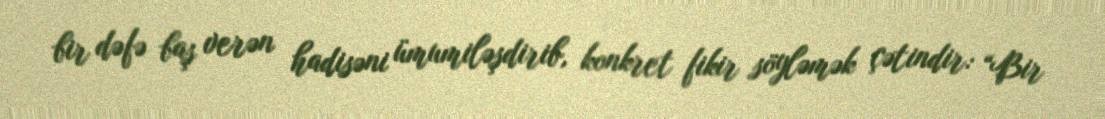
bir dəfə baş verən hadisəni ümumiləşdirib, konkret fikir söyləmək çətindir: “Bir